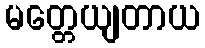
မတ္တေယျတာယ